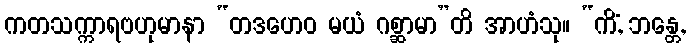
ကတသက္ကာရဗဟုမာနာ “တဒဟေဝ မယံ ဂစ္ဆာမာ”တိ အာဟံသု။ “ကိံ, ဘန္တေ,